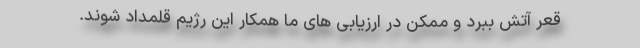
قعر آتش ببرد و ممکن در ارزیابی های ما همکار این رژیم قلمداد شوند.